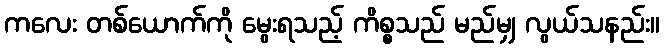
ကလေး တစ်ယောက်ကို မွေးရသည့် ကိစ္စသည် မည်မျှ လွယ်သနည်း။